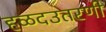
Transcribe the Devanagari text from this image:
हळदउतरणी